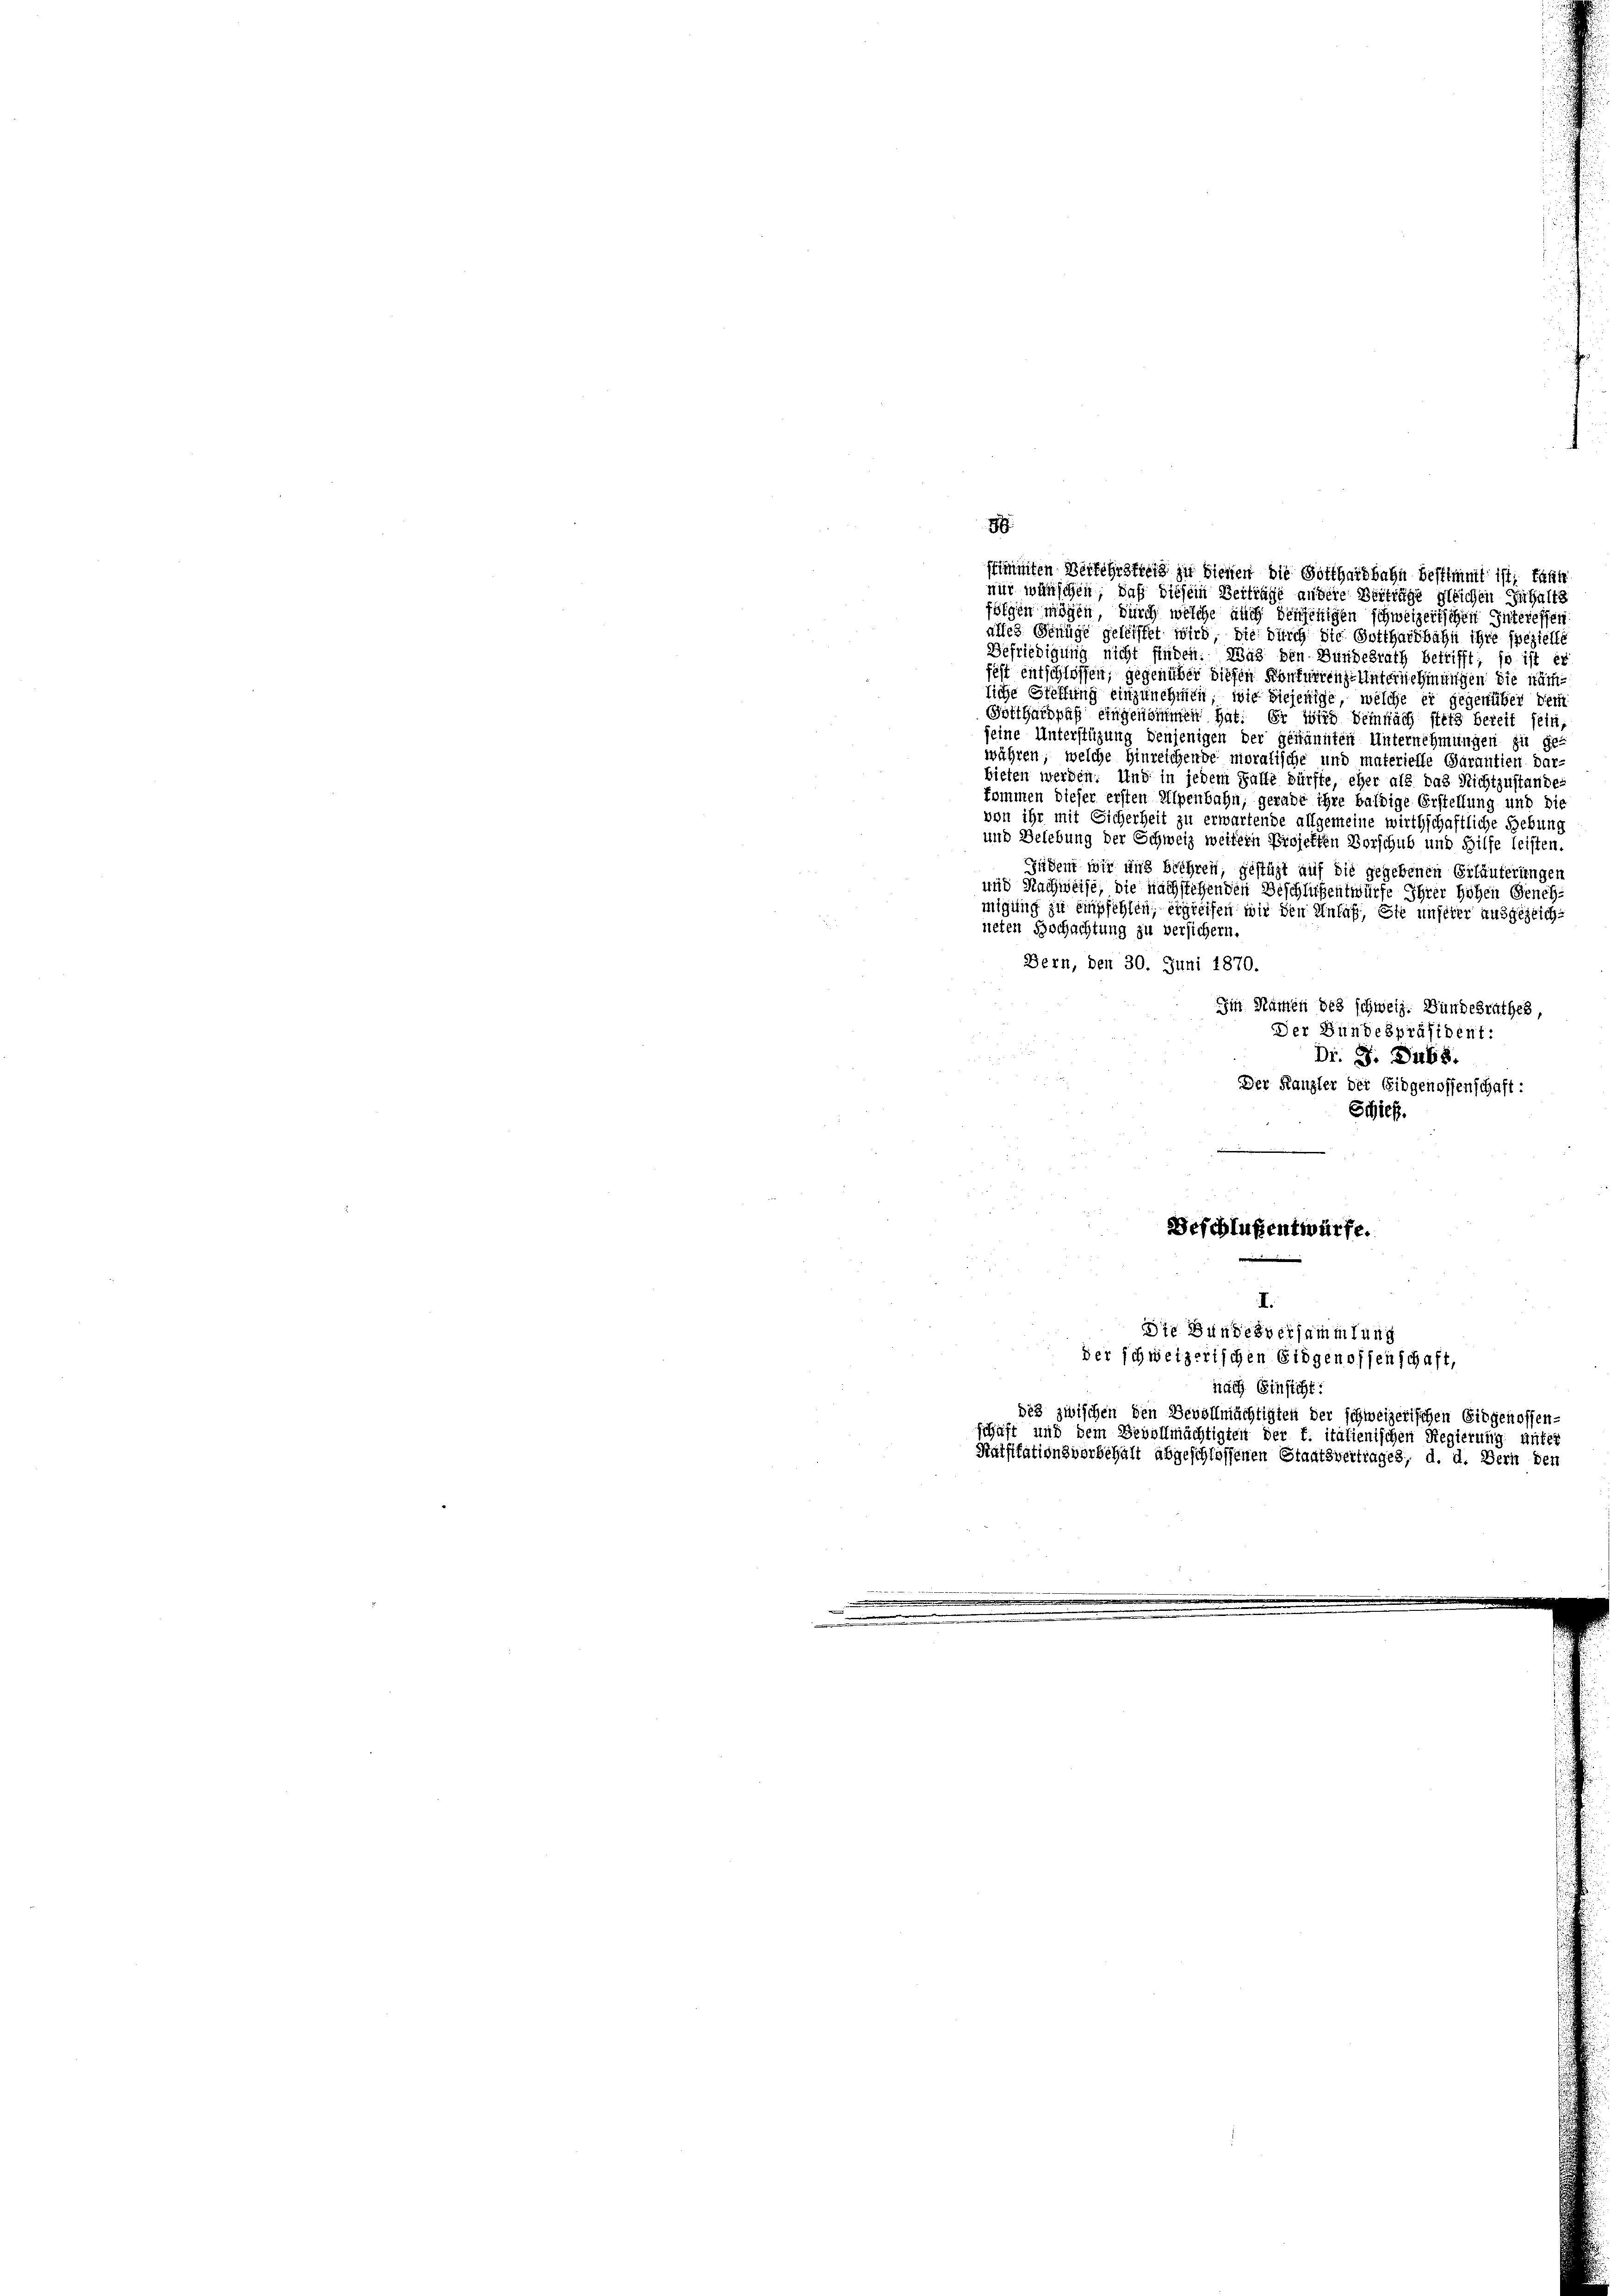
folgen mögen, durch welche auch denjenigen schweizerischen Interesser
alles Genüge geleistet wird, die durch die Gotthardbahn ihre spezielle
Befriedigung nicht finden. Was den Bundesrath betrifft; so ist er
fest entschlossen, gegenüber diesen Konkurrenze Unternehmungen die nämliche Steffung einzunehmen, wie diejenige, welche er gegenüber dem
Gotthardpaß eingenommen hat. Er wird deinfach stets bereit sein,
seine Unterstüzung denjenigen der genannten Unternehmungen sit ge-
währen, welche Hinreichende moralische und materielle Garantien dar-
bieten werden. Und in jedem Falle dürfte, eher als das Nichtzustande
kommen dieser ersten Alpenbahn, gerade ihre baldige Erstellung und die
von ihr mit Sicherheit zu erwartende allgemeine wirthschaftliche Hebung
und Belebung der Schweiz weitern Projekten Vorschub und Hilfe leisten.
Zudem wir und beehren, gestät auf die gegebenen Erläuterungen
und Nachweise, die nachstehenden Beschlüssentwürfe Ihrer hohen Genehmigung zu einsfehlen, ergreifen wir den Anlaß, Sie unserer ausgezeichneten Bochachtung zu versichern.
Bern, den 30. Juni 1870.
Im Namen des schweiz. Bundesrathes,
Der Bundespräsident:
Dr. S. Dubs.
Der Kanzler der Eidgenossenschaft:
Schieß.
Beschlußentwürfe.

8

stimmten Verkehrsteig zu bienen die Gotthardbahn bestimmt ist, fast
nur wünschen, daß diesem Beiträge andere Verträge gleichen Inhalts

I.
Die Bundesversammlung
der schweizerischen Eidgenossenschaft,
nach Einsicht:
des zwischen den Devollmächtigten der schweizerischen Eidgenossen-

schäft und dem Bevollmächtigten der f. italienischen Regierung aufer
Kätsitationsvorbehalt abgeschlossenen Staatsvertrages, d. d. Bern den